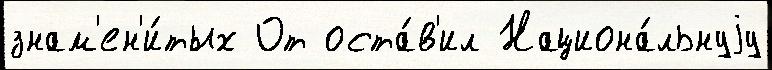
знам'ен'и́тых От оста́в'ил Национа́льнуjу